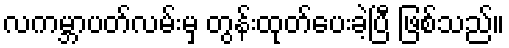
လကမ္ဘာပတ်လမ်းမှ တွန်းထုတ်ပေးခဲ့ပြီ ဖြစ်သည်။